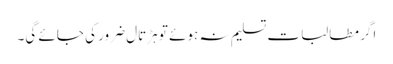
اگر مطالبات تسلیم نہ ہوئے تو ہڑتال ضرور کی جائے گی۔